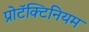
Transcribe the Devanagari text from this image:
प्रोटॅक्टिनियम